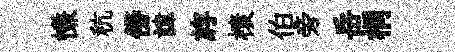
慊秔傍諱斿榱伯旁岳桐